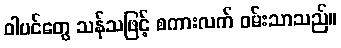
ဝါပင်တွေ သန်သဖြင့် စကားလက် ဝမ်းသာသည်။